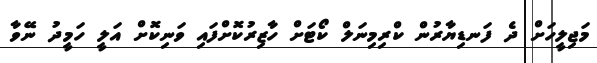
މަޖިލީހަށް ދެ ފަނޑިޔާރުން ކްރިމިނަލް ކޯޓަށް ހާޒިރުކޮށްފައި ވަނިކޮށް އަލީ ހަމީދު ނޭވާ